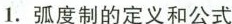
1.弧度制的定义和公式